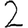
Digit: 2